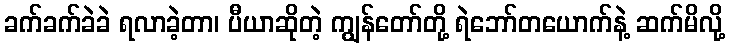
ခက်ခက်ခဲခဲ ရလာခဲ့တာ၊ ပီယာဆိုတဲ့ ကျွန်တော်တို့ ရဲဘော်တယောက်နဲ့ ဆက်မိလို့